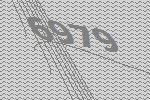
6979